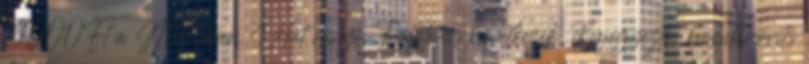
14000Ft a Metroban. Hát ennyi. Folytatás következik. Bejegyezte: bogdanovits